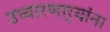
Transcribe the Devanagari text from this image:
उच्चारणार्‍यांना